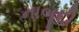
નાબૂદી